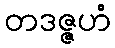
တဒဇ္ဇဟံ